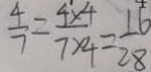
\frac { 4 } { 7 } = \frac { 4 \times 4 } { 7 \times 4 } = \frac { 1 6 } { 2 8 }